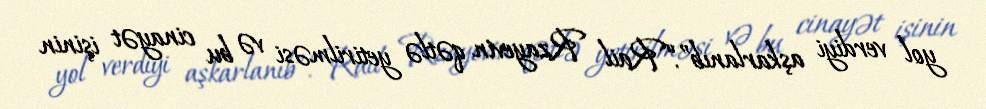
yol verdiyi aşkarlanıb”.“Rail Rzayevin qətlə yetirilməsi və bu cinayət işinin